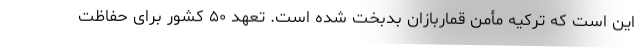
این است که ترکیه مأمن قماربازان بدبخت شده است. تعهد ۵۰ کشور برای حفاظت